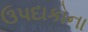
ઉપદાકોના